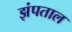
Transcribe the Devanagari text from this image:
झंपताल